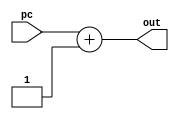
`timescale 1ns / 1ps
//
// The most important piece of hardware: increment's the program counter by 1.
//
module pc_incr(
	input  [31:0] pc,
	output [31:0] out
   );

assign out = pc + 1;

endmodule